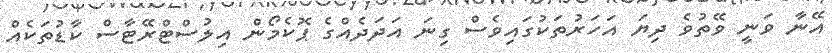
އޭނާ ވަނީ ވޭތުވެ ދިޔަ އަހަރުތަކުގައިވެސް ގިނަ އަދަދެއްގެ ޕޮކެމޯން އިލުސްޓްރޭޓާސް ކާޑުތަކެއް